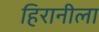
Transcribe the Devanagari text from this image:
हिरानीला